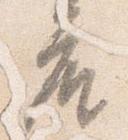
座